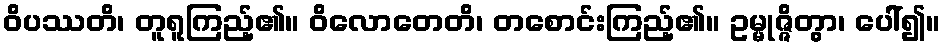
ဝိပဿတိ၊ တူရူကြည့်၏။ ဝိလောတေတိ၊ တစောင်းကြည့်၏။ ဥမ္မုဇ္ဇိတွာ၊ ပေါ်၍။